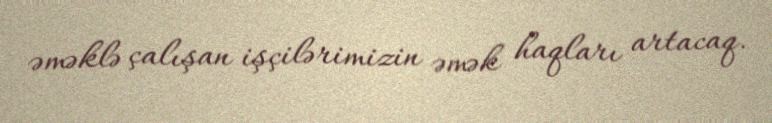
əməklə çalışan işçilərimizin əmək haqları artacaq.